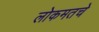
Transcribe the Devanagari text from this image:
लोकमतचे